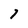
Character: 7